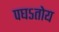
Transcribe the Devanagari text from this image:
पघऽतोय